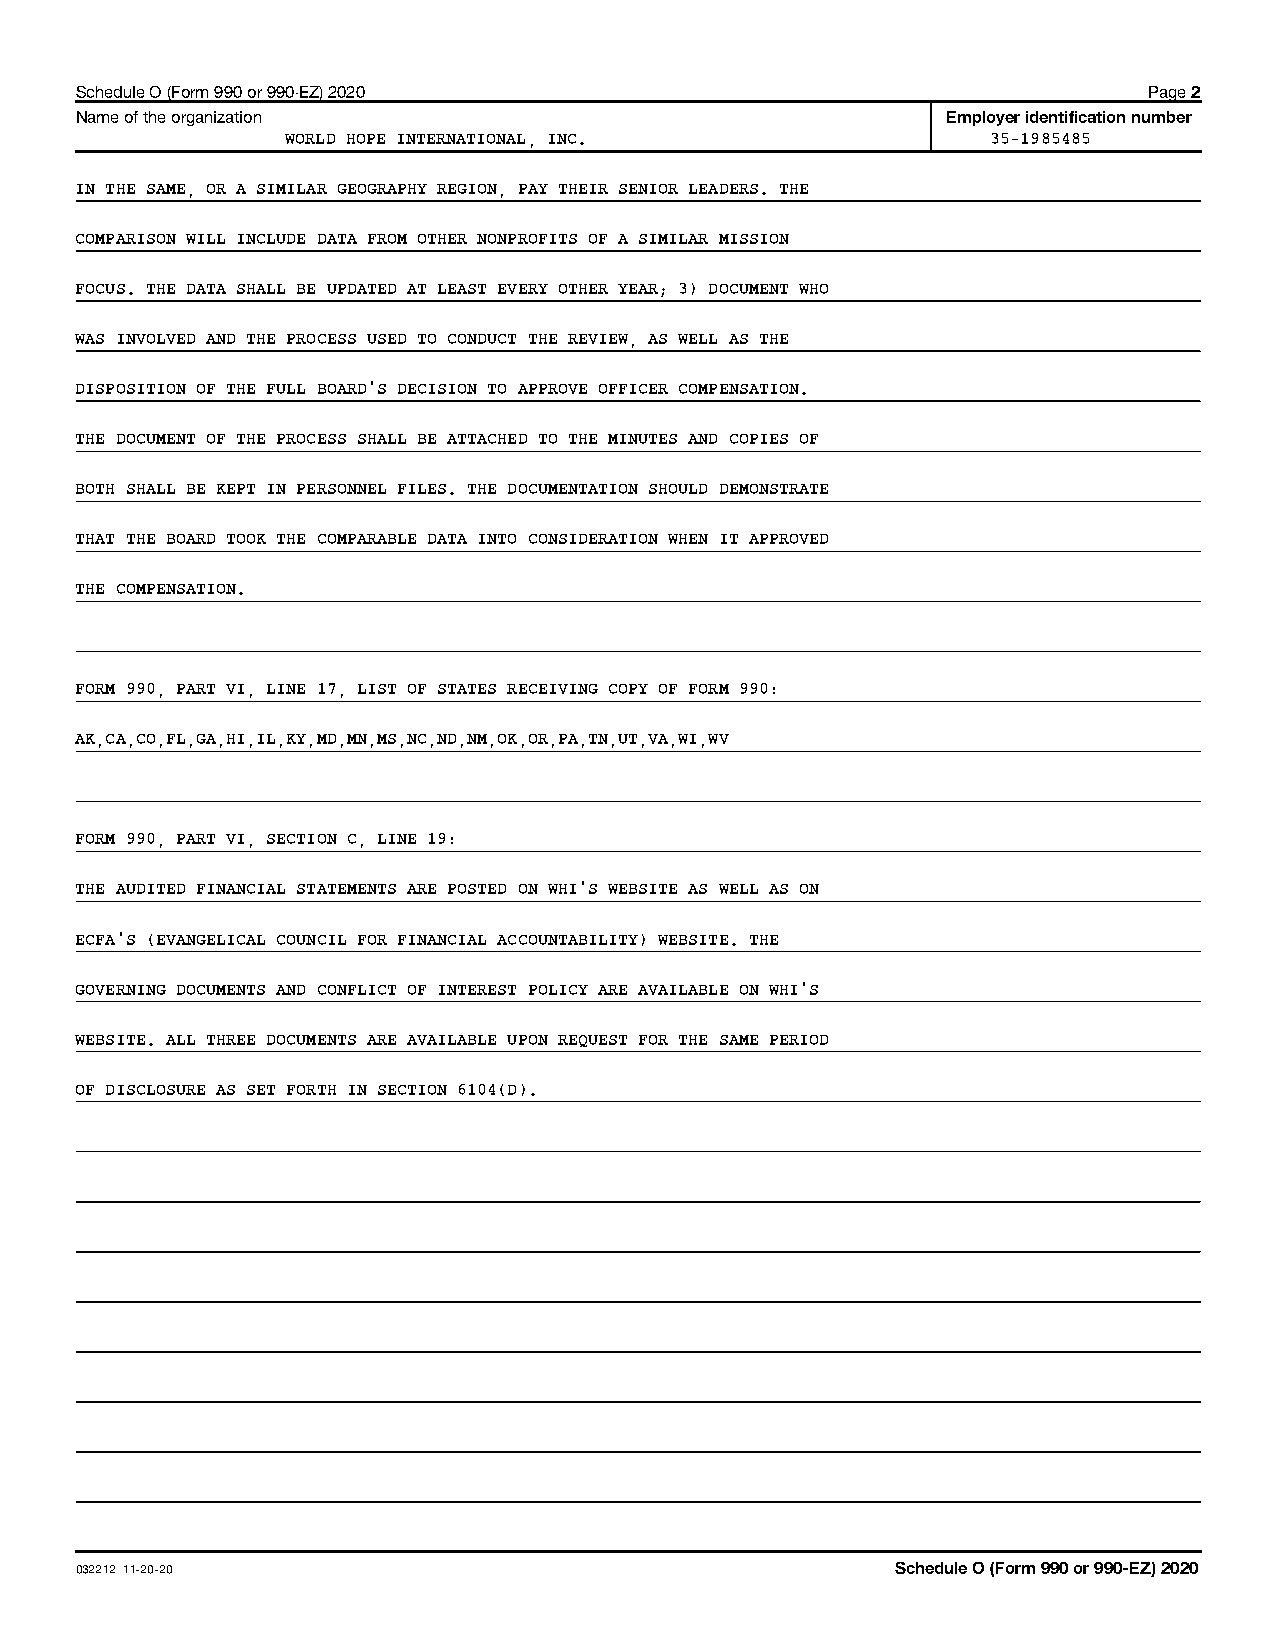
Schedule O (Form 990 or 990-EZ) 2020                                   Page 2
 Name of the organization                                  Employer identification number
 WORLD HOPE INTERNATIONAL, INC.                 35-1985485
 IN THE SAME, OR A SIMILAR GEOGRAPHY REGION, PAY THEIR SENIOR LEADERS. THE
 COMPARISON WILL INCLUDE DATA FROM OTHER NONPROFITS OF A SIMILAR MISSION
 FOCUS. THE DATA SHALL BE UPDATED AT LEAST EVERY OTHER YEAR; 3) DOCUMENT WHO
 WAS INVOLVED AND THE PROCESS USED TO CONDUCT THE REVIEW, AS WELL AS THE
 DISPOSITION OF THE FULL BOARD'S DECISION TO APPROVE OFFICER COMPENSATION.
 THE DOCUMENT OF THE PROCESS SHALL BE ATTACHED TO THE MINUTES AND COPIES OF
 BOTH SHALL BE KEPT IN PERSONNEL FILES. THE DOCUMENTATION SHOULD DEMONSTRATE
 THAT THE BOARD TOOK THE COMPARABLE DATA INTO CONSIDERATION WHEN IT APPROVED
 THE COMPENSATION.
 FORM 990, PART VI, LINE 17, LIST OF STATES RECEIVING COPY OF FORM 990:
 AK,CA,CO,FL,GA,HI,IL,KY,MD,MN,MS,NC,ND,NM,OK,OR,PA,TN,UT,VA,WI,WV
 FORM 990, PART VI, SECTION C, LINE 19:
 THE AUDITED FINANCIAL STATEMENTS ARE POSTED ON WHI'S WEBSITE AS WELL AS ON
 ECFA'S (EVANGELICAL COUNCIL FOR FINANCIAL ACCOUNTABILITY) WEBSITE. THE
 GOVERNING DOCUMENTS AND CONFLICT OF INTEREST POLICY ARE AVAILABLE ON WHI'S
 WEBSITE. ALL THREE DOCUMENTS ARE AVAILABLE UPON REQUEST FOR THE SAME PERIOD
 OF DISCLOSURE AS SET FORTH IN SECTION 6104(D).
 032212 11-20-20                                       Schedule O (Form 990 or 990-EZ) 2020